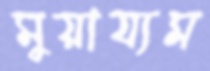
মুয়ায্যম